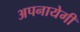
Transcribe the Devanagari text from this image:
अपनायेगी